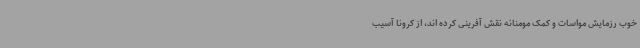
خوب رزمایش مواسات و کمک مومنانه نقش آفرینی کرده اند، از کرونا آسیب